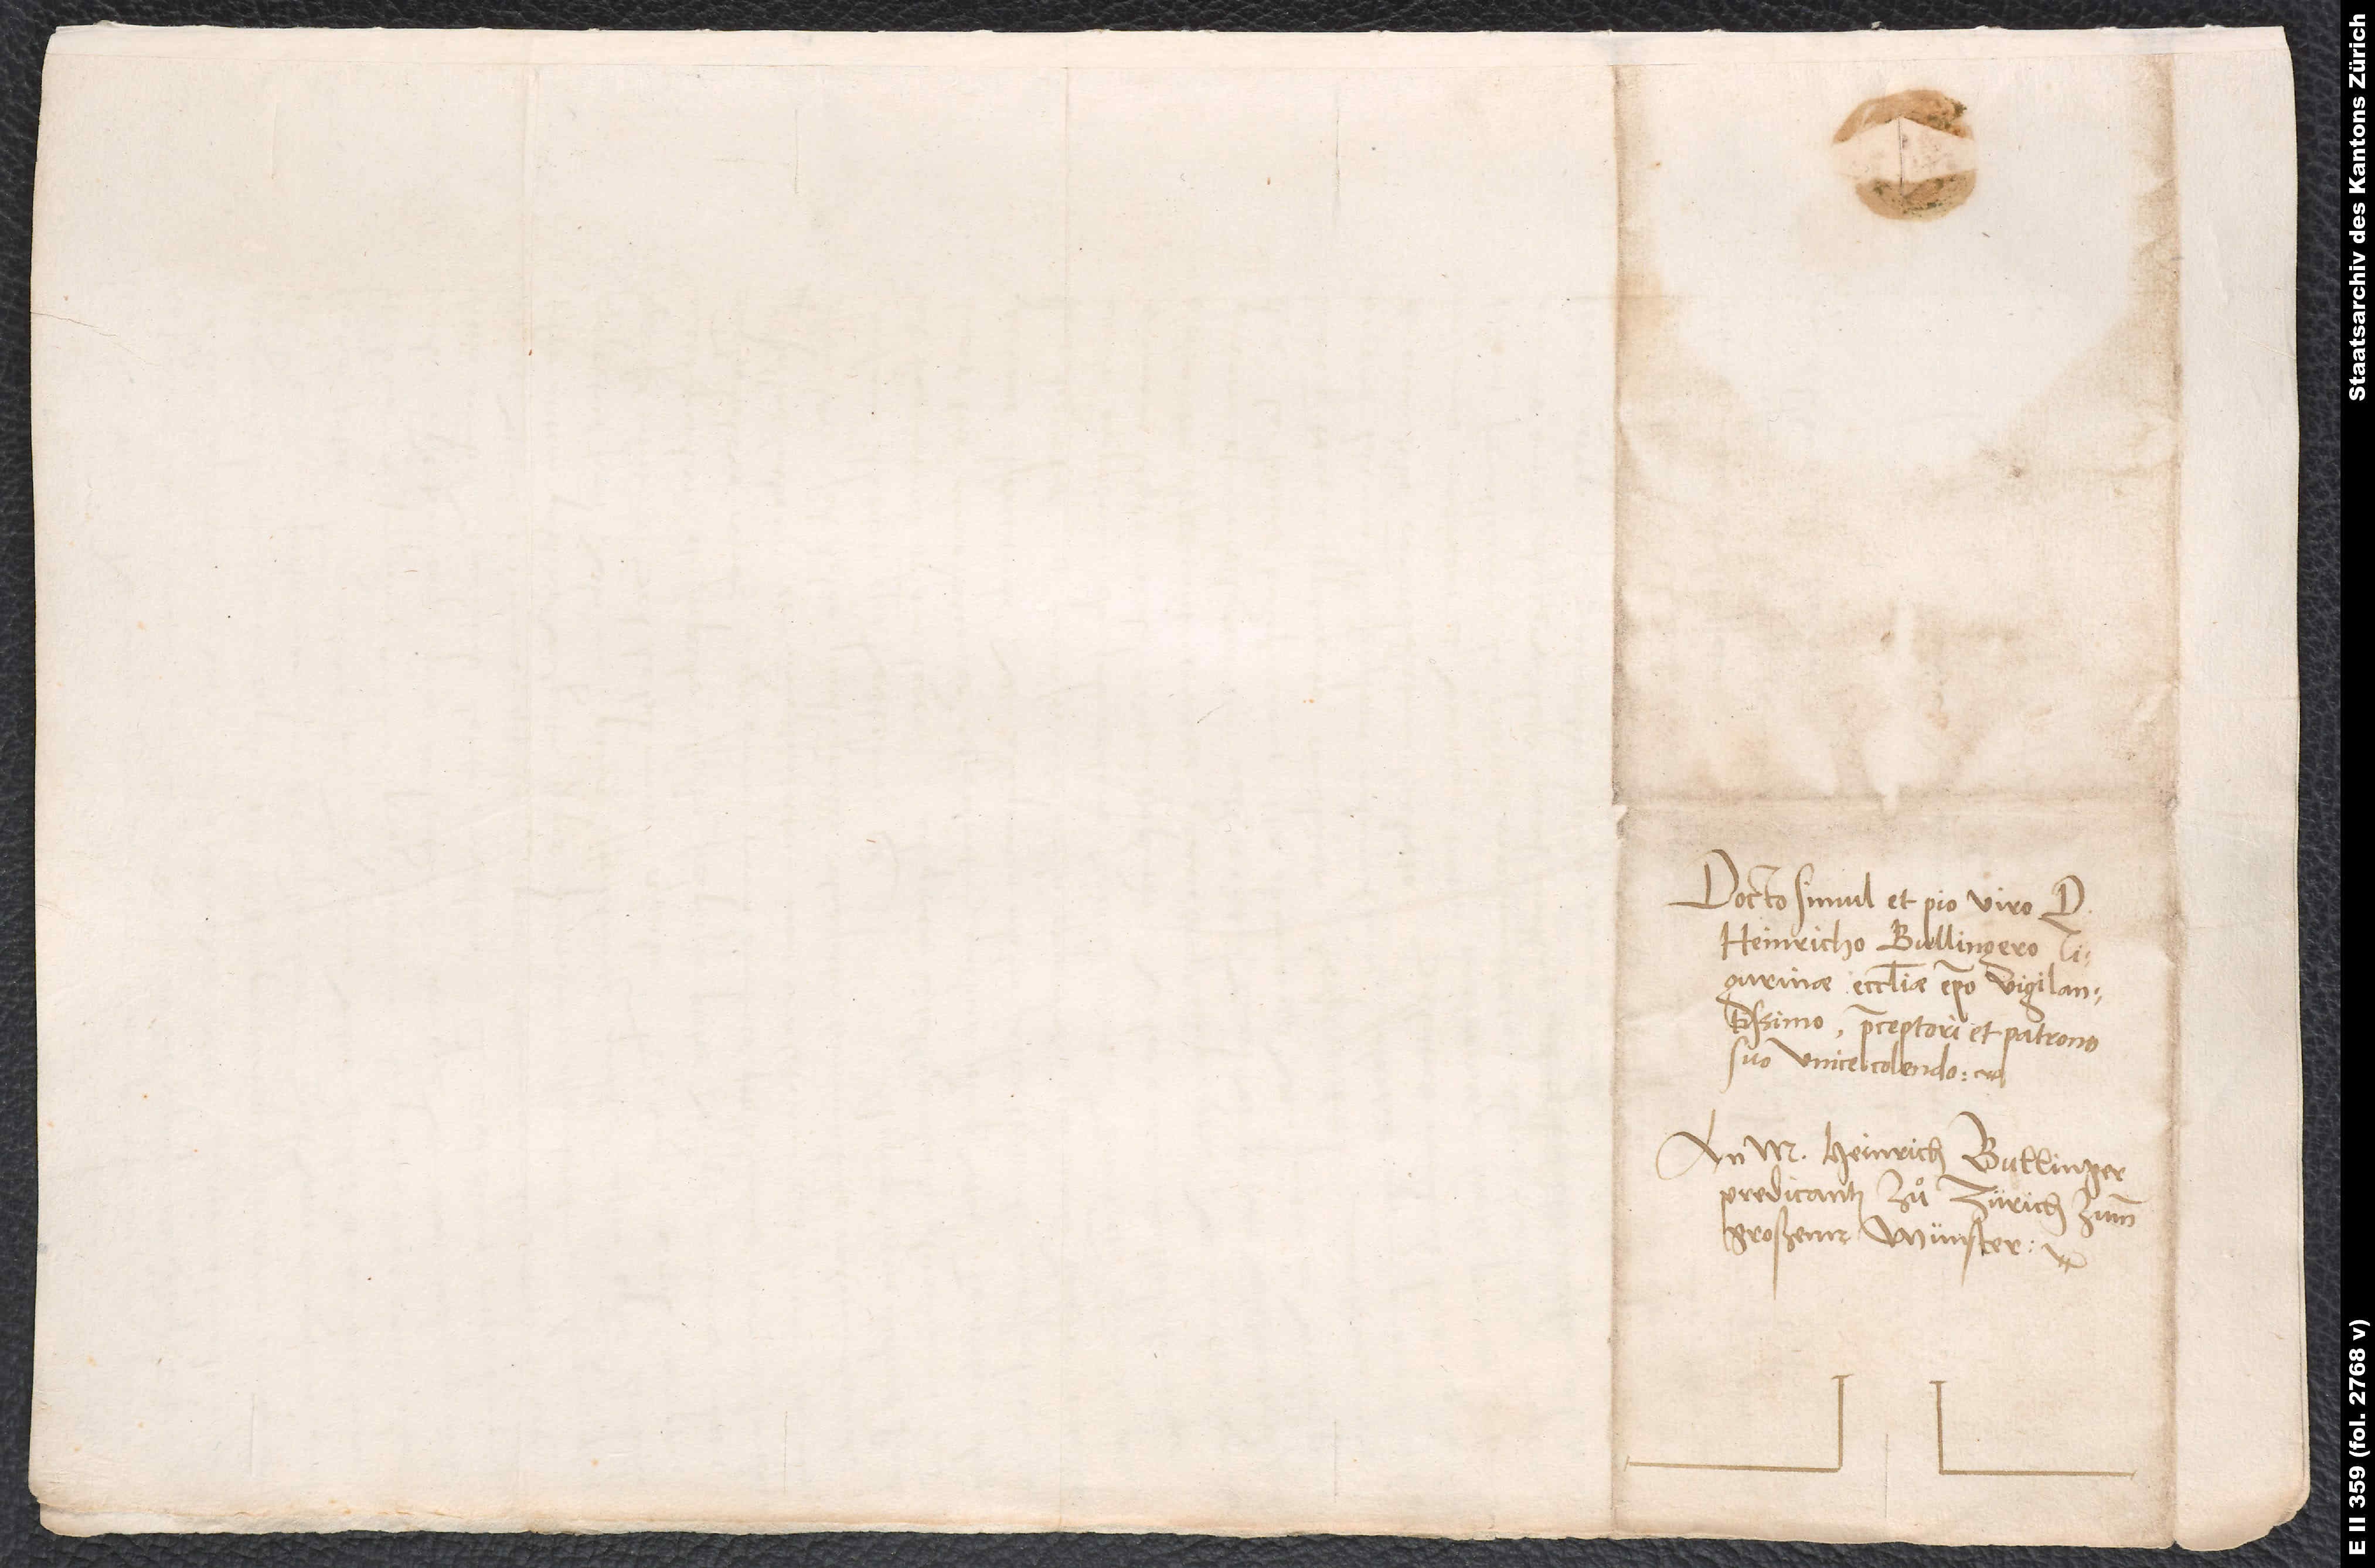
Docto simul et pio viro d.
Heinricho Bullingero,
Tigurinae ecclesiae episcopo vigilantissimo,
praeceptori et patrono
suo unice colendo.
An M. Heinrich Bullinger,
predicanten zuͦ Zürich zumm
großenn münster.